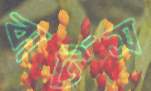
বার্টস